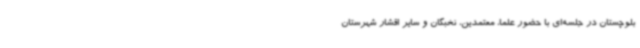
بلوچستان در جلسه‌ای با حضور علما، معتمدین، نخبگان و سایر اقشار شهرستان